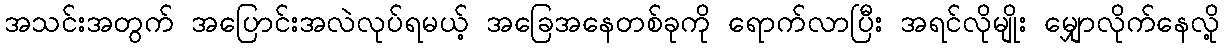
အသင်းအတွက် အပြောင်းအလဲလုပ်ရမယ့် အခြေအနေတစ်ခုကို ရောက်လာပြီး အရင်လိုမျိုး မျှောလိုက်နေလို့